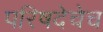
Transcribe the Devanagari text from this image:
परिषदेचेच